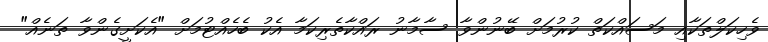
ވެހިކަލްތަކާއި މަސައްކަތް ކުރުމަށް ބޭނުންވާ ސާމާނު ރައްކާތެރިކަމާ އެކު ބެހެއްޓުމަށް "އެކަށީގެންވާ ތަނެއް"